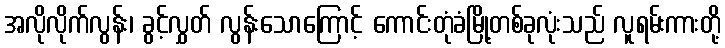
အလိုလိုက်လွန်း၊ ခွင့်လွှတ် လွန်းသောကြောင့် ကောင်းတုံခံမြို့တစ်ခုလုံးသည် လူရမ်းကားတို့